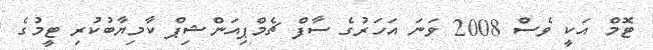
ޓޮމް އަކީ ވެސް 2008 ވަނަ އަހަރުގެ ސާފް ޗެމްޕިއަންޝިޕް ކާމިޔާބުކުރި ޓީމުގެ